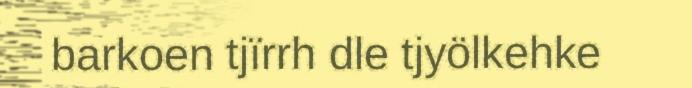
barkoen tjïrrh dle tjyölkehke